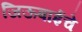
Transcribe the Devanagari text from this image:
जिऊबाईचे